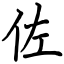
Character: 佐